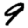
Digit: 9